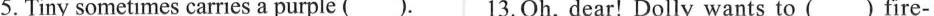
5.Tiny sometimes carries a purple (